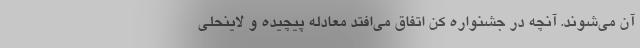
آن می‌شوند. آنچه در جشنواره کن اتفاق می‌افتد معادله پیچیده و لاینحلی